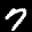
Label: 7